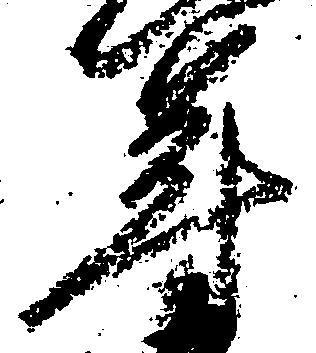
年